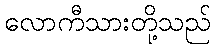
လောကီသားတို့သည်